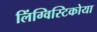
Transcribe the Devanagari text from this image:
लिंग्विस्टिकोया